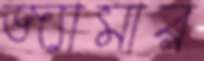
জ্যামার